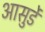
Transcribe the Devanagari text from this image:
आसुर्डे